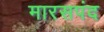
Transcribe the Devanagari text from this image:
मारसपंद